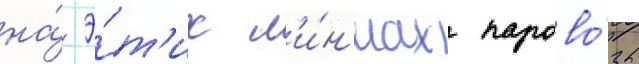
на́ э́т'их л'и́н'иах парово́зы